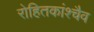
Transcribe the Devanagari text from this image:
रोहितकांश्चैव